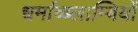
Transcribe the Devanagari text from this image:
धर्माव्ब्लाम्बियों